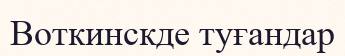
Воткинскде туғандар